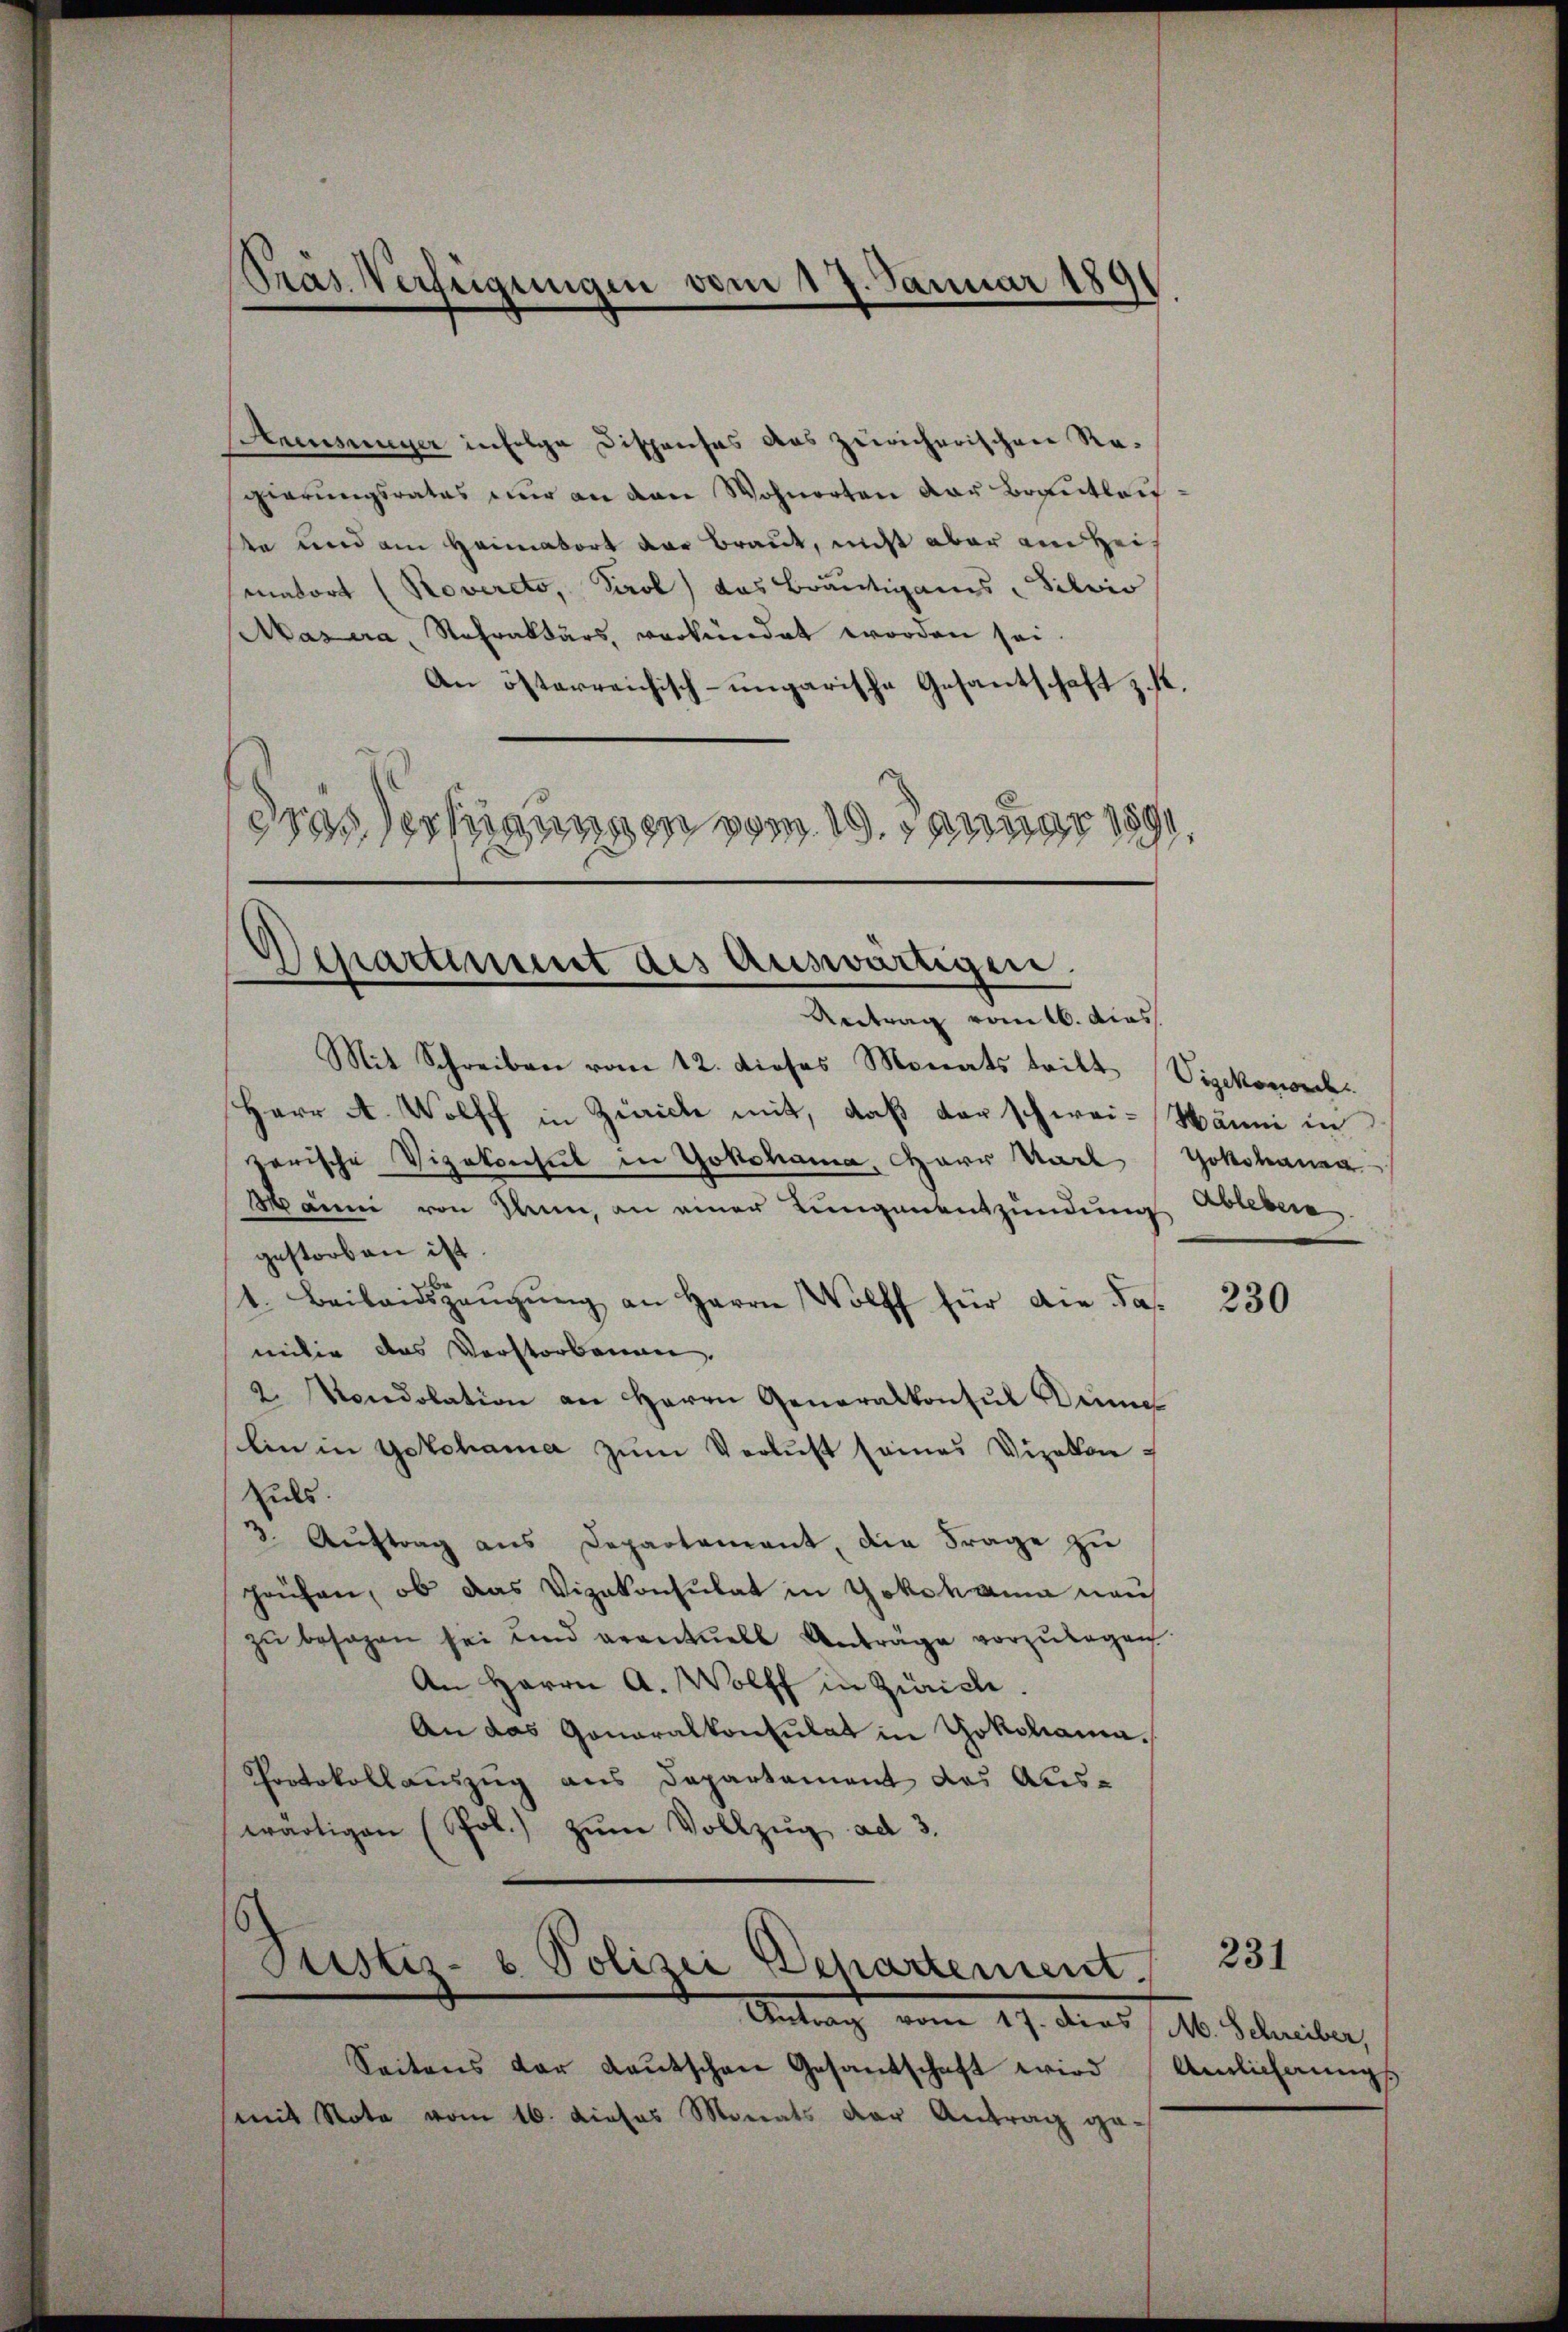
Armsunger in Folge Dispenses das zuricherischen Regierungsrates nur an den Wohnorten der Brautleute und am Heimatort der Braut, nicht aber ein Heisenatort (Rovercto, Tirol, das Bräutigams - Silvis
Akasera, Stefraktärs, verkündet worden sei.
An österreichisch-ungarische Gesantschaft z. R.
Das Vertigungen vom 19. Januar 1891.

Pras Verfügungen vom 17. Januar 1891

Departiment des Auswärtigen.
.
Vertrag vom 16. das

Mit Schreiben vom 12. dieses Monats tritt (Vizekonorch
Herr A. Wolff in Zürich mit, daß der schwei-Hänni in
zerische Vizekonsul in Yokohama, Herr Karl Yokohanen
Manni von Rum, an einer Lungenentzündung Ableben.
gestorben ist.
1. Beilandszeŭgŭng an Herrn Wolff für die damilie das Vorstorbenen.
2 Mondolation an Herrn Generalkonsul Dinne
lin in Yokohama zum Verlust seines Vizekon¬
Zuls.
3. Aŭftrag aus Departement, die Frage zu
Haufen, ob das Vizekonsulat in Yokohama naus
zu besagen sei und eventuell Anträge vorzulegen
An Herrn A. Wolff in Zürich.
An das Gonaralkonsulat in Yokohama¬
Protokollauszug aus Departement das Auswärtigen (Pol.) zŭm Vollzŭg ad 3.
Justiz- u. Polizei Departement.
Antrag vom 17. ders /. M. Seiter,
Seitens der Kautschen Gesantschaft wird (Umlichnŭngs
mit Note vom 16. dieses Monats der Antrag ge-

230

231